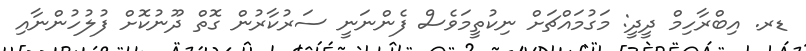
ޑރ. އިބްރާހިމް ދީދީ: މަގުމައްޗަށް ނިކުތީމަވެސް ފެންނަނީ ސަރުކާރުން ގޮތް ދޫނުކޮށް ފުލުހުންނާއި